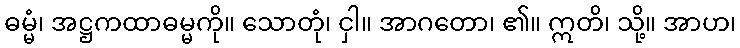
ဓမ္မံ၊ အဋ္ဌကထာဓမ္မကို။ သောတုံ၊ ငှါ။ အာဂတော၊ ၏။ ဣတိ၊ သို့။ အာဟ၊